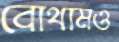
বোথামও